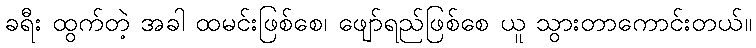
ခရီး ထွက်တဲ့ အခါ ထမင်းဖြစ်စေ၊ ဖျော်ရည်ဖြစ်စေ ယူ သွားတာကောင်းတယ်။